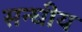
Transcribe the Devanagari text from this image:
सन्घीय